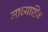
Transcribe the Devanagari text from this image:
माध्याह्कि